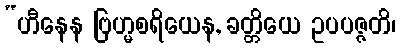
“ဟီနေန ဗြဟ္မစရိယေန, ခတ္တိယေ ဥပပဇ္ဇတိ၊